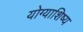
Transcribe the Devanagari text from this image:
योग्याशिष्य